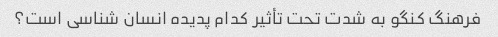
فرهنگ کنگو به شدت تحت تأثیر کدام پدیده انسان شناسی است؟